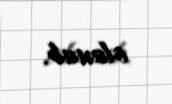
olunub.